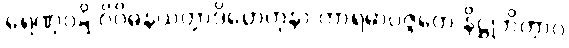
ရေဏုဝဋ္ဋိ ဝိဝိဓနယတ္တာဒိဟေတုနာ ကာရမာပဇ္ဇတေ နိဋ္ဌုဘိတွာဝ